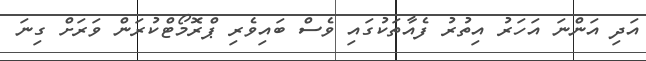
އަދި އަންނަ އަހަރު އިތުރު ފެއާތަކުގައި ވެސް ބައިވެރި ޕްރޮމޯޓްކުރަން ވަރަށް ގިނަ